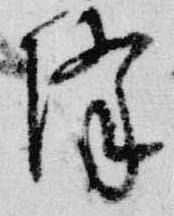
降